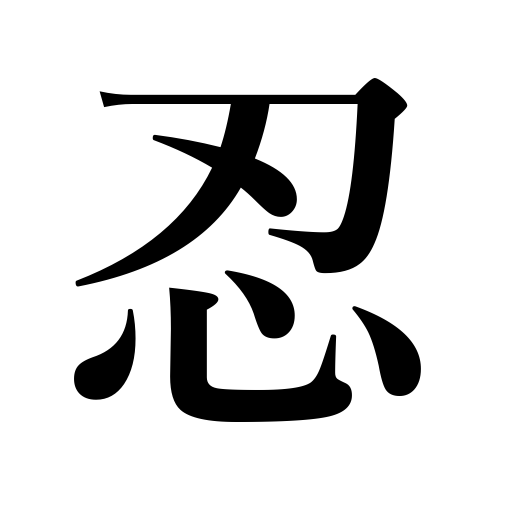
Meanings: conceal,bear,endure,put up with,secrete,hide oneself